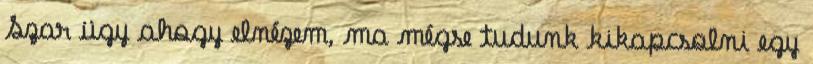
Szar ügy ahogy elnézem, ma mégse tudunk kikapcsolni egy